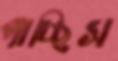
পাচ্ছিস